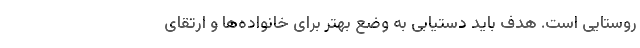
روستایی است. هدف باید دستیابی به وضع بهتر برای خانواده‌ها و ارتقای